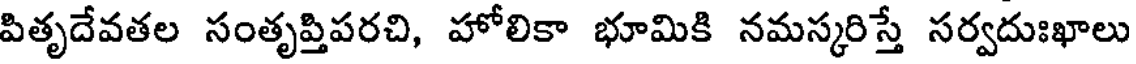
పితృదేవతల సంతృప్తిపరచి, హోలికా భూమికి నమస్కరిస్తే సర్వదుఃఖాలు